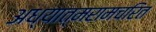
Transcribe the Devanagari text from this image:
अध्यात्मरामचरित